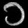
Digit: ၁